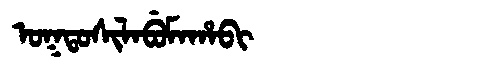
Manchu: ᠣᡴᡨᠣᠰᡳᠯᠠᠪᡠᠮᠠᡥᠠᠪᡳ
Romanization: OKTOSILABUMAHABI